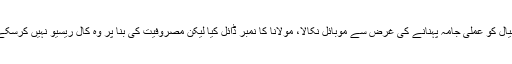
خیال کو عملی جامہ پہنانے کی غرض سے موبائل نکالا، مولانا کا نمبر ڈائل کیا لیکن مصروفیت کی بنا پر وہ کال ریسیو نہیں کرسکے۔